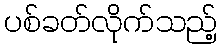
ပစ်ခတ်လိုက်သည့်